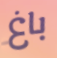
باغ